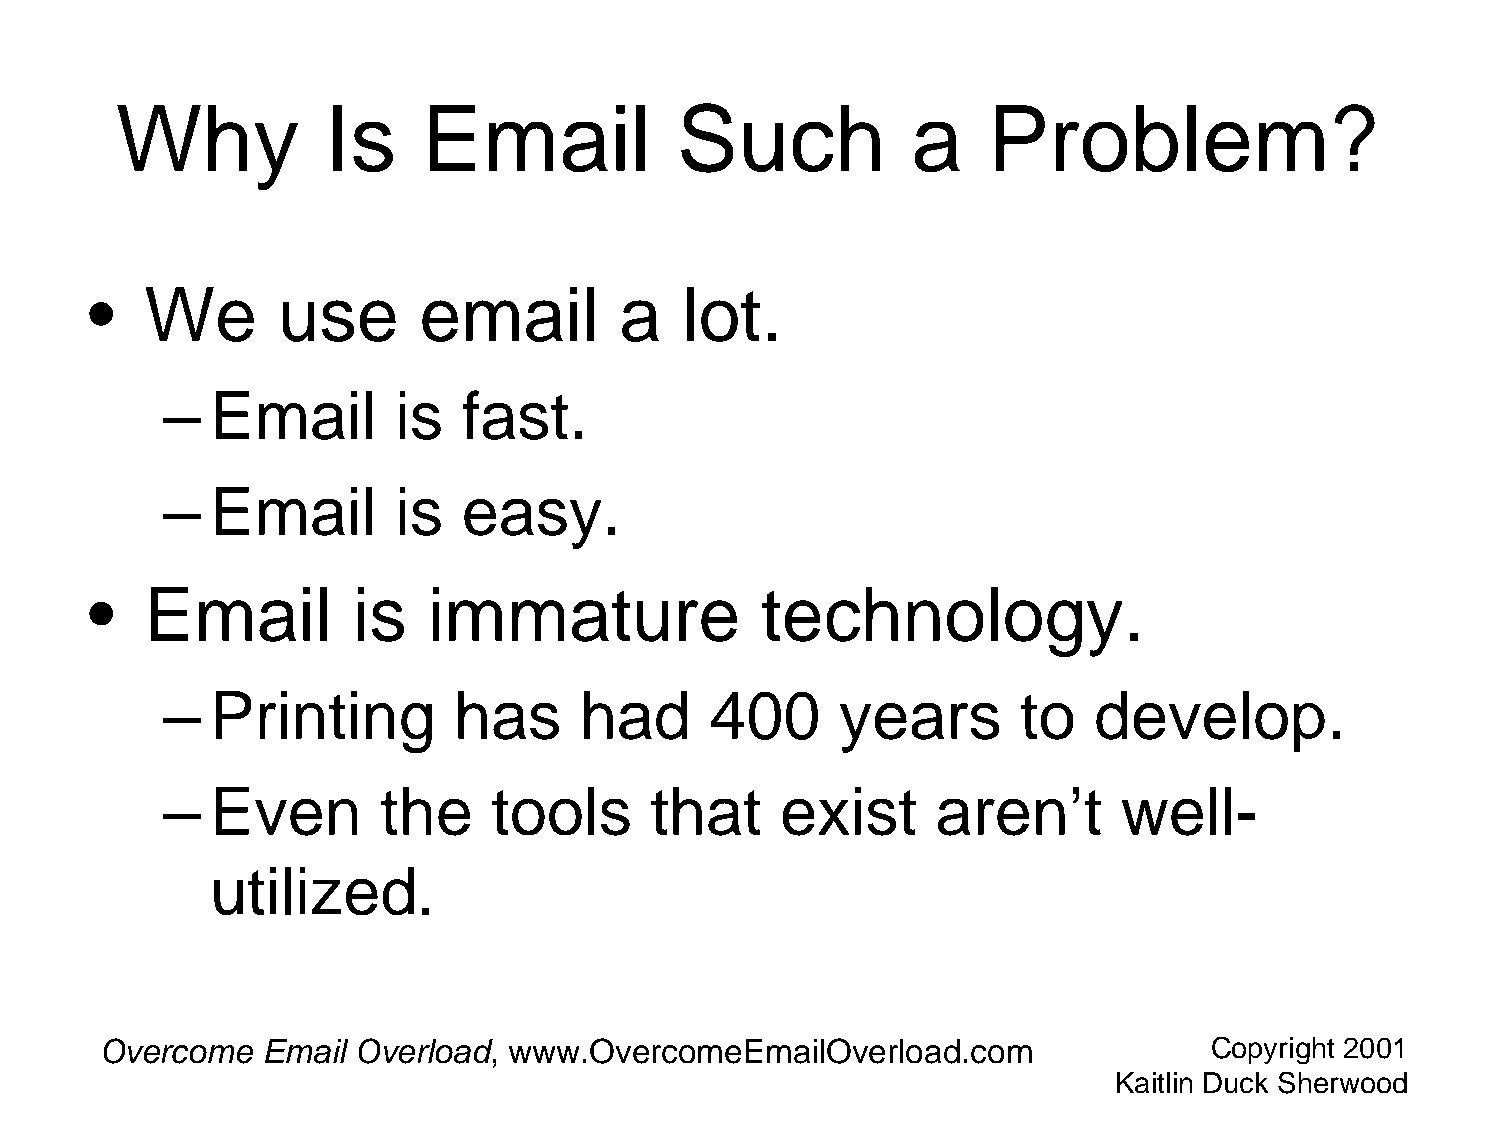
Why           Is    Email            Such           a    Problem?
 •   We      use       email        a   lot.
 –  Email       is   fast.
 –  Email       is   easy.
 •   Email        is   immature              technology.
 –  Printing        has     had      400      years       to   develop.
 –  Even       the     tools     that     exist     aren’t      well-
 utilized
 .
 Overcome  Email  Overload, www.OvercomeEmailOverload.com                 Copyright 2001
 Kaitlin Duck Sherwood